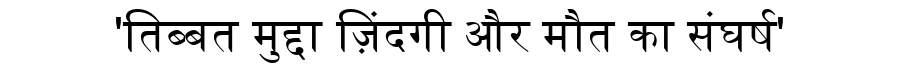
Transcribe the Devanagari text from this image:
'तिब्बत मुद्दा ज़िंदगी और मौत का संघर्ष'